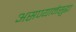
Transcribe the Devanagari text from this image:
असण्यानेसुद्धा